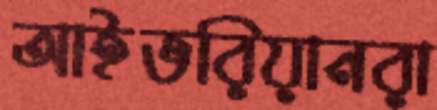
আইভরিয়ানরা